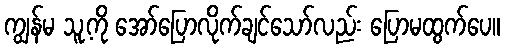
ကျွန်မ သူ့ကို အော်ပြောလိုက်ချင်သော်လည်း ပြောမထွက်ပေ။